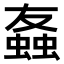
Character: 𫋒